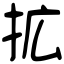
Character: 拡